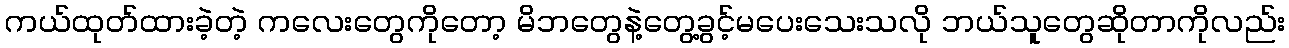
ကယ်ထုတ်ထားခဲ့တဲ့ ကလေးတွေကိုတော့ မိဘတွေနဲ့တွေ့ခွင့်မပေးသေးသလို ဘယ်သူတွေဆိုတာကိုလည်း